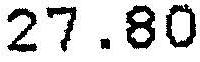
27.80